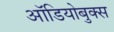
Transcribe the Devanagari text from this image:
ऑडियोबुक्स